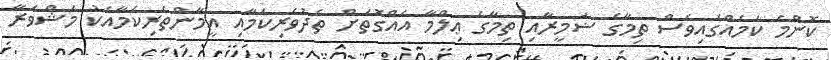
ކޮންމެ ކަމެއްގައިވެސް ތިމާގެ ޟަމީރާއި ތިމާގެ ޢިލްމާ އެއްގޮތަށް ތެދުވެރިކަމާއި އީމާންތެރިކަމާއެކު މަޝްވަރާ